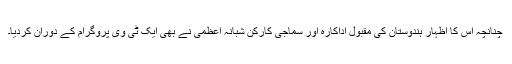
چنانچہ اس کا اظہار ہندوستان کی مقبول اداکارہ اور سماجی کارکن شبانہ اعظمی نے بھی ایک ٹی وی پروگرام کے دوران کردیا۔